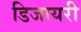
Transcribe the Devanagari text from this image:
डिजायरी